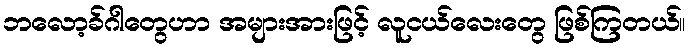
ဘလော့ခ်ဂါတွေဟာ အများအားဖြင့် လူငယ်လေးတွေ ဖြစ်ကြတယ်။